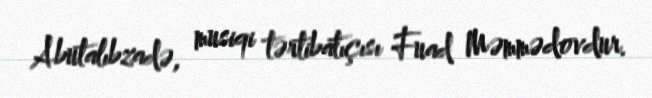
Abutalıbzadə, musiqi tərtibatıçısı Fuad Məmmədovdur.